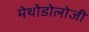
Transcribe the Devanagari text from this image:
मेथोडोलोजी